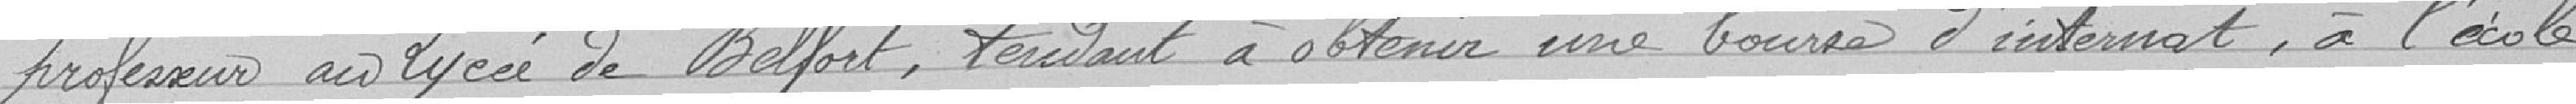
professeur au Lycée de Belfort, tendant à obtenir une bourse d'internat, à l'école